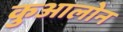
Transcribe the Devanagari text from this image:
कुआलोन